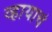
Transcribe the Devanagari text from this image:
व्हायाचं